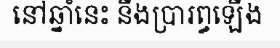
នៅឆ្នាំនេះ នឹងប្រារព្ធឡើង